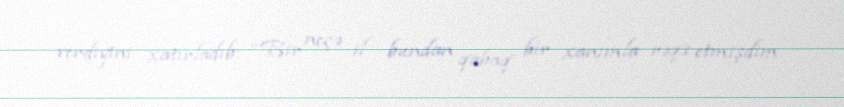
verdiyini xatırladıb: “Bir neçə il bundan qabaq bir xanımla rəqs etmişdim.